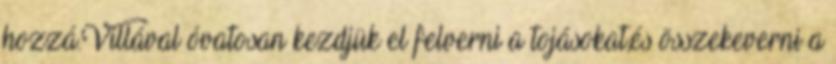
hozzá.Villával óvatosan kezdjük el felverni a tojásokat,és összekeverni a